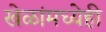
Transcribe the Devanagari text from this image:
खेळांमध्येही